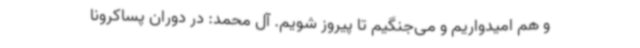
و هم امیدواریم و می‌جنگیم تا پیروز شویم. آل محمد: در دوران پساکرونا